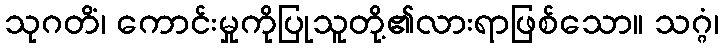
သုဂတိံ၊ ကောင်းမှုကိုပြုသူတို့၏လားရာဖြစ်သော။ သဂ္ဂံ၊